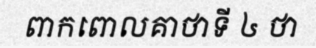
ពាកពោលគាថាទី ៤ ថា